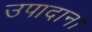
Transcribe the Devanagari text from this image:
उपादान।